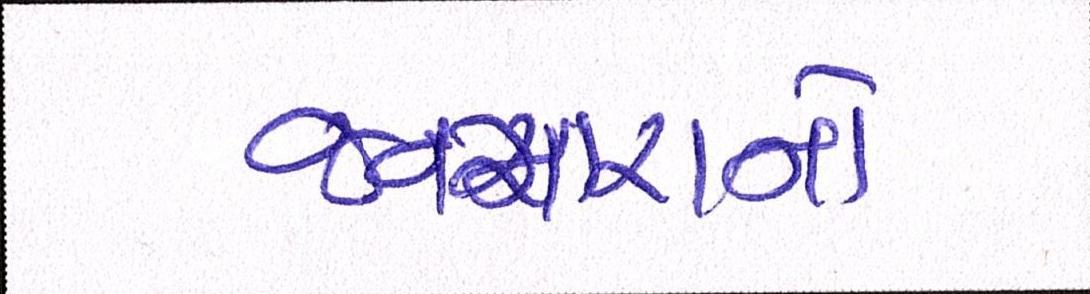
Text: જનમારાનો